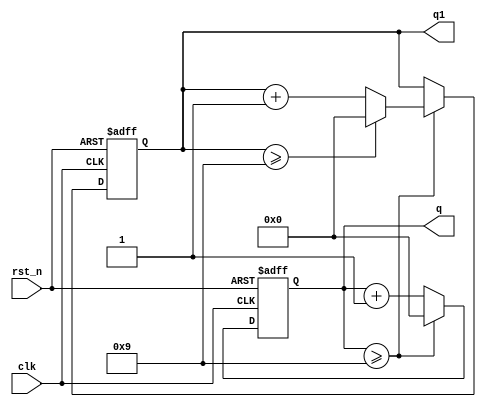
`timescale 1ns / 1ps
//////////////////////////////////////////////////////////////////////////////////
// Company: 
// Engineer: 
// 
// Design Name: 
// Module Name: lab4_4_counter
// Project Name: 
// Target Devices: 
// Tool Versions: 
// Description: 
// 
// Dependencies: 
// 
// Revision:
// Revision 0.01 - File Created
// Additional Comments:
// 
//////////////////////////////////////////////////////////////////////////////////


module lab4_4_counter(q, q1, clk, rst_n);

output [3:0] q;
output [3:0] q1;
input clk;
input rst_n;

reg [3:0] q;
reg [3:0] q1;
reg [3:0] q_count;
reg [3:0] q1_count;

/*always@* begin
    q_count = q +1'b1;
    q1_count = q1 + 1'b1;
end */

always@(posedge clk or negedge rst_n)
    if(~rst_n)  begin
        q <= 4'd0;
        q1<= 4'd0;
    end
    else begin
        q <= q + 1'b1;
        if (q >= 4'd9)  begin 
            q<= 4'd0;
            q1 <= q1 + 1'b1;
            if(q1 >= 4'd9) begin 
                q1 <= 4'd0;
            end
         end
    end

endmodule